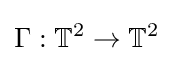
\Gamma :\mathbb {T} ^{2}\to \mathbb {T} ^{2}